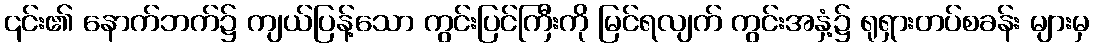
၎င်း၏ နောက်ဘက်၌ ကျယ်ပြန့်သော ကွင်းပြင်ကြီးကို မြင်ရလျက် ကွင်းအနှံ့၌ ရုရှားတပ်စခန်း များမှ